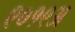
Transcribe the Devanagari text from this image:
९०१९अ